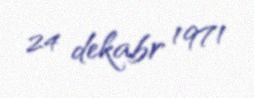
24 dekabr 1971